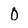
Character: 0